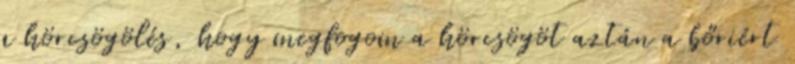
a hörcsögölés, hogy megfogom a hörcsögöt aztán a bőriért